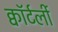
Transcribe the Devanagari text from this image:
क्वॉर्टर्ली